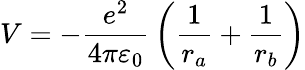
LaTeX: V=-{\frac{e^{2}}{4\pi\varepsilon_{0}}}\left({\frac{1}{r_{a}}}+{\frac{1}{r_{b}}}\right)